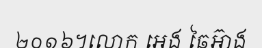
២០១៦។លោក អេង ឆៃអ៊ាង